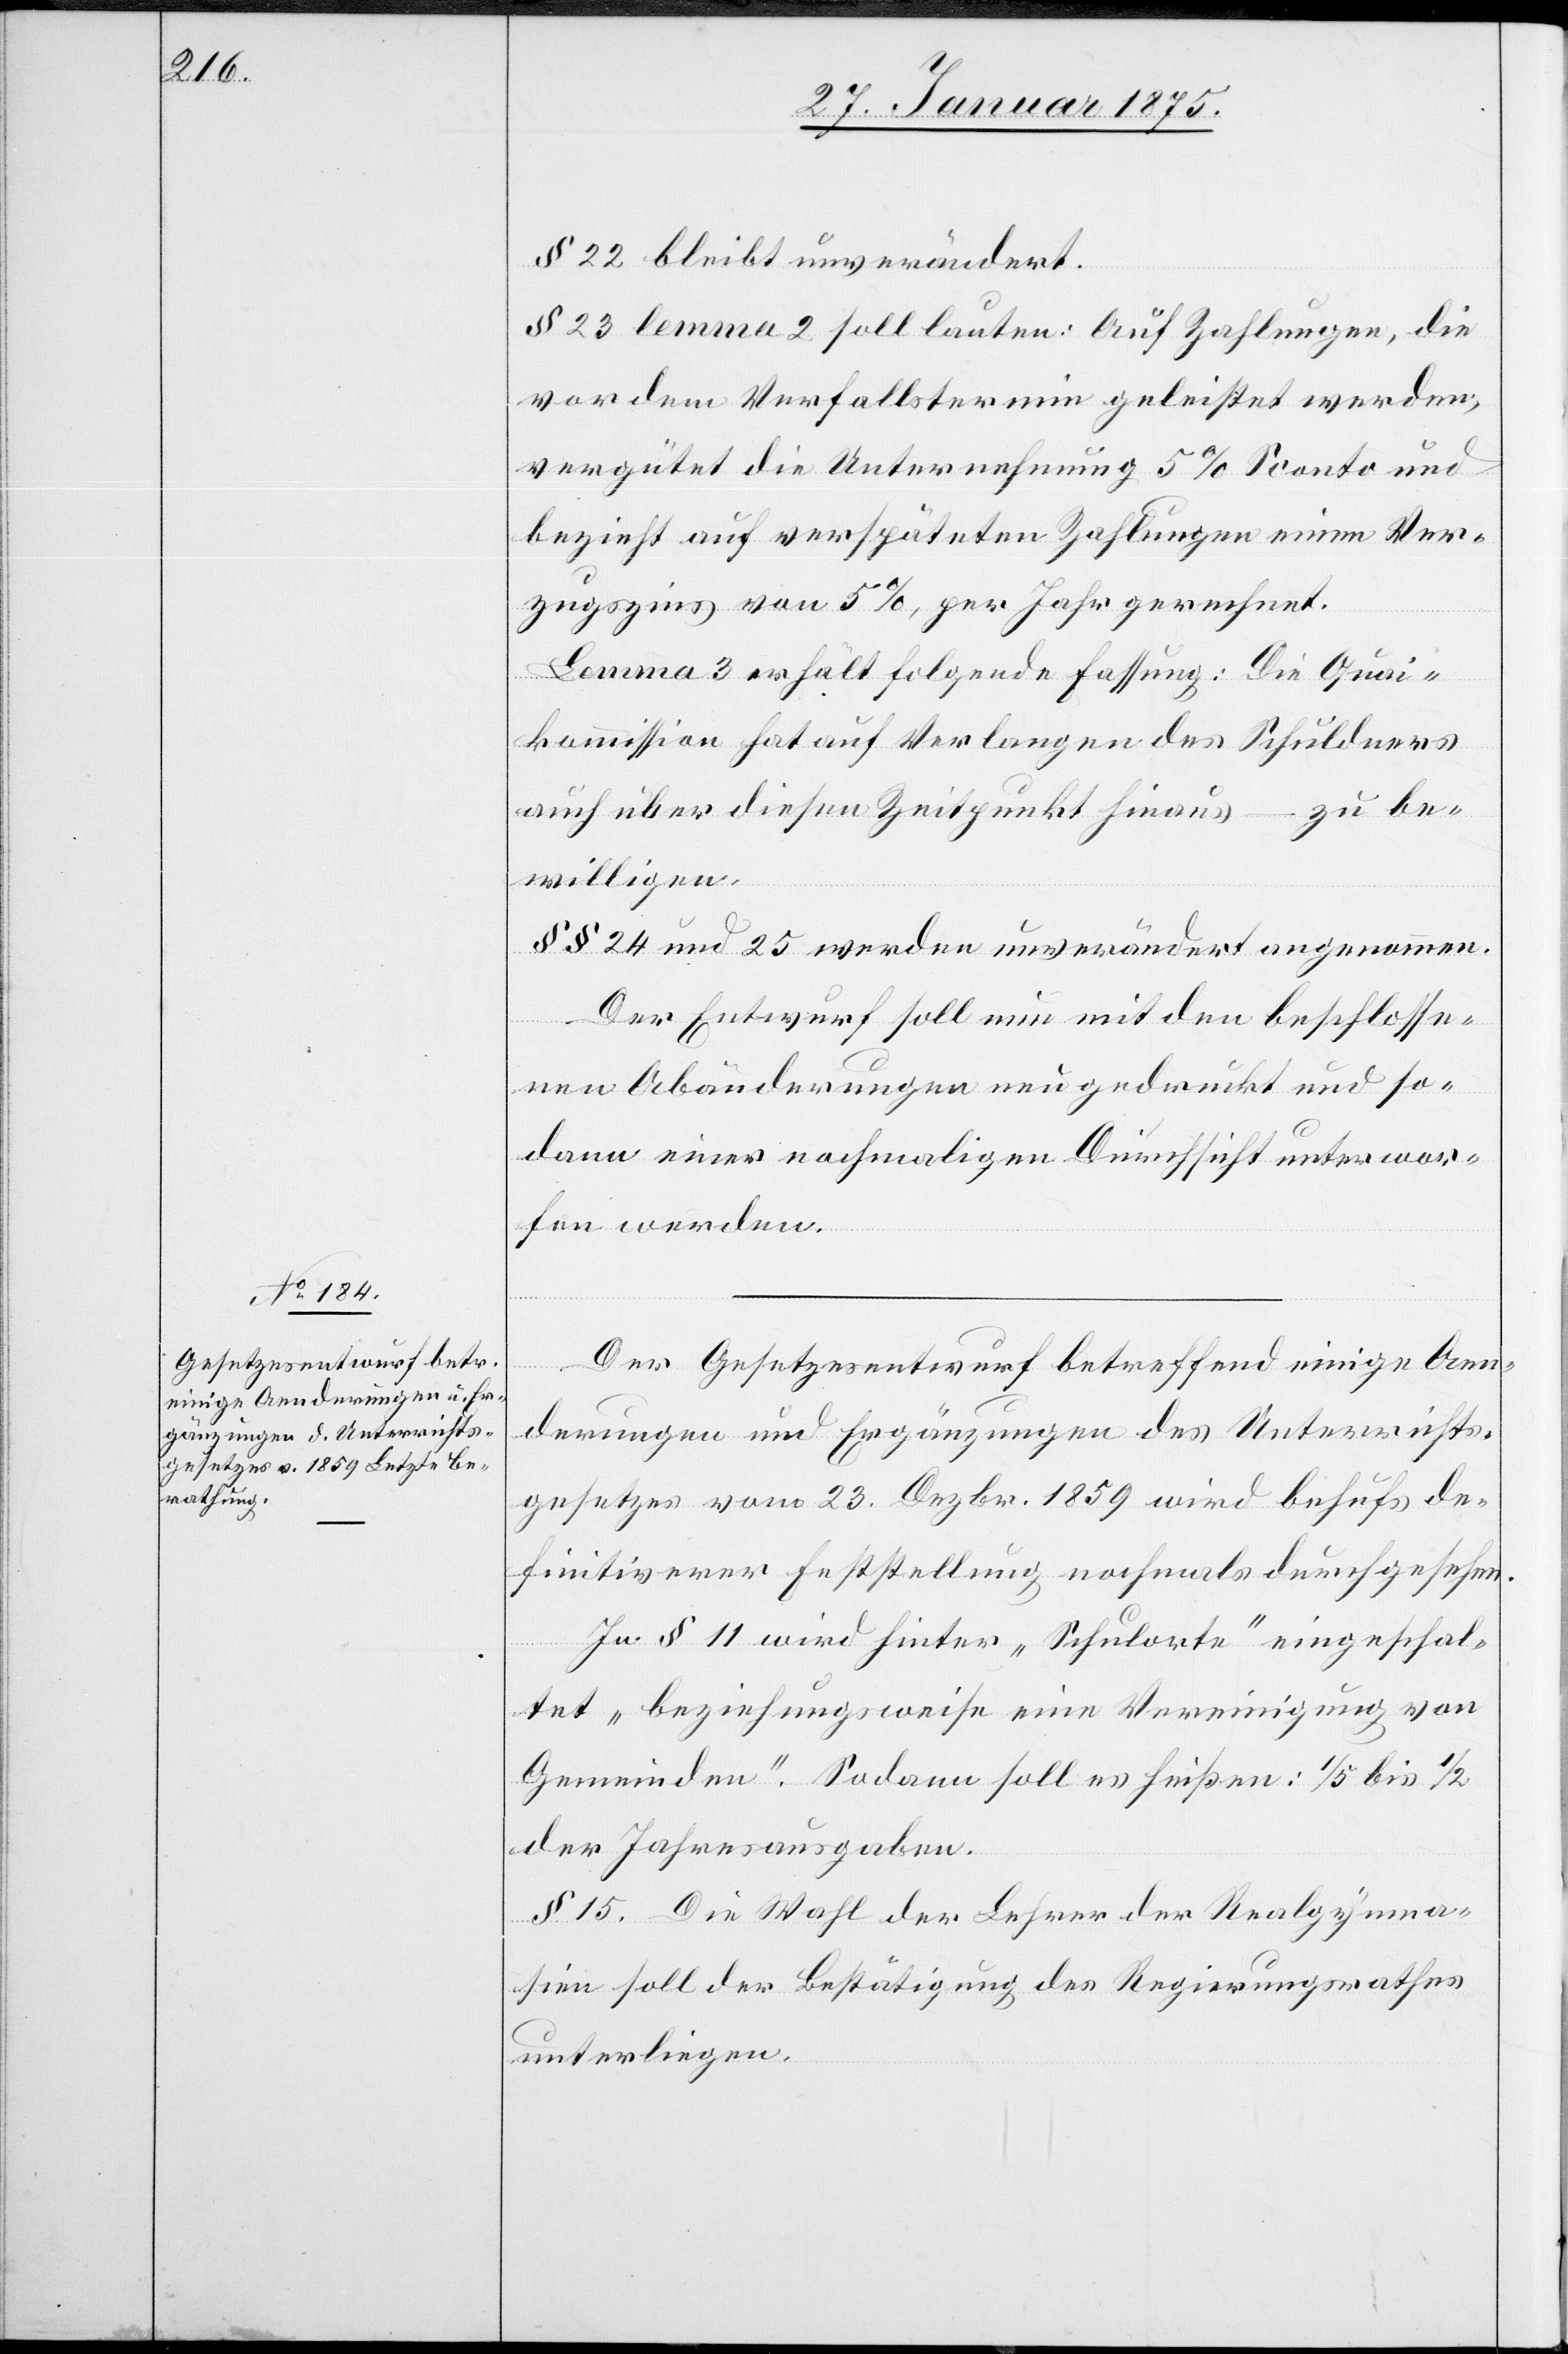
§ 22 bleibt unverändert.
§ 23 lemma 2 soll lauten: Auf Zahlungen, die
vor dem Verfallstermin geleistet werden,
vergütet die Unternehmung 5% Sconto und
bezieht auf verspäteten Zahlungen einen Ver¬
zugszins von 5%, per Jahr gerechnet.
Lemma 3 erhält folgende Fassung: Die Quai¬
kommission hat auf Verlangen des Schuldners
auch über diesen Zeitpunkt hinaus – zu be¬
willigen.
§§ 24 und 25 werden unverändert angenommen.
Der Entwurf soll nun mit den beschlosse¬
nen Abänderungen neu gedruckt und so¬
dann einer nochmaligen Drucksicht unterwor¬
fen werden.
Der Gesetzesentwurf betreffend einige Aen¬
derungen und Ergänzungen des Unterrichts¬
gesetzes vom 23. Dezbr. 1859 wird behufs de¬
finitiverer Feststellung nochmals durchgesehe¬
n.
In § 11 wird hinter „Schulorte“ eingeschal¬
tet „beziehungsweise eine Vereinigung von
Gemeinden“. Sodann soll es heißen: 1/5 bis 1/2
der Jahresausgaben.
§ 15. Die Wahl der Lehrer der Realgymna¬
sien soll der Bestätigung des Regierungsrathes
unterliegen.